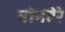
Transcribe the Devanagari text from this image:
मोनटेरे